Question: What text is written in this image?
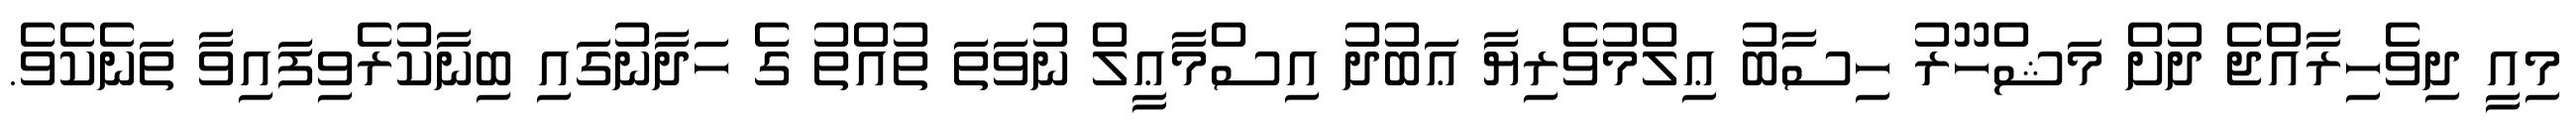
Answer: މިއީ ދިވެހިރާއްޖެ ދުށް މަޝްހޫރު ހިސާބު ޢިލްމުވެރިޔާ ޢަބުދު އިސްމާޢީލް ނުވަތަ ތުއްތު ގެ ހަދާނުގައި ބިނާކުރެވިފައިވާ ތަނެކެވެ.